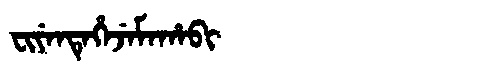
Manchu: ᠸᡳᠶᡝᠨᡨᡝᡥᡝᠵᡝᠮᠠᡥᠠᠪᡳ
Romanization: FIYENTEHEJEMAHABI